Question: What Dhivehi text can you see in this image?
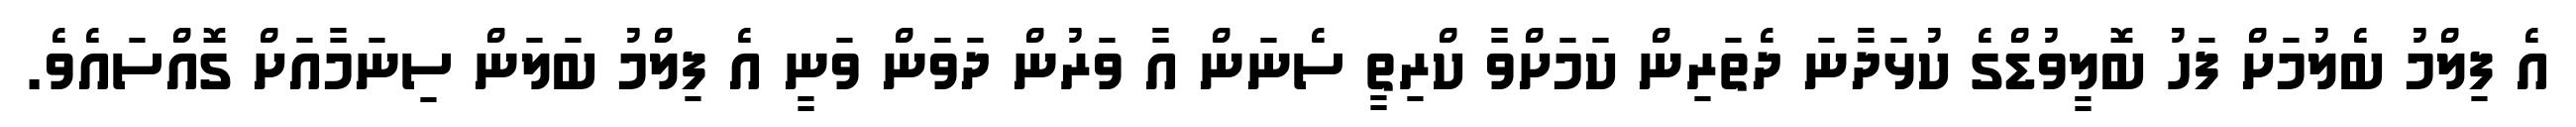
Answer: އެ ފިލްމު ބެލުމަށް ފަހު ބޮލީވުޑްގެ ކުޅަދާނަ ދެތަރިން ކަމަށްވާ ކްރިތީ ސެނަން އާ ވަރުން ދަވަން ވަނީ އެ ފިލްމު ބަލަން ސިނަމާއަށް ގޮއްސައެވެ.